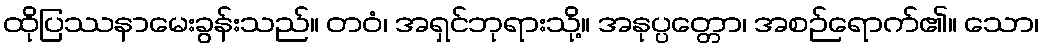
ထိုပြဿနာမေးခွန်းသည်။ တဝံ၊ အရှင်ဘုရားသို့။ အနုပ္ပတ္တော၊ အစဉ်ရောက်၏။ သော၊